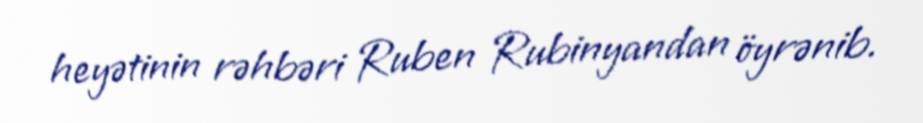
heyətinin rəhbəri Ruben Rubinyandan öyrənib.